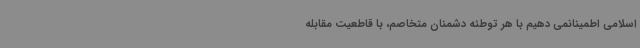
اسلامی اطمینانمی دهیم با هر توطئه دشمنان متخاصم، با قاطعیت مقابله